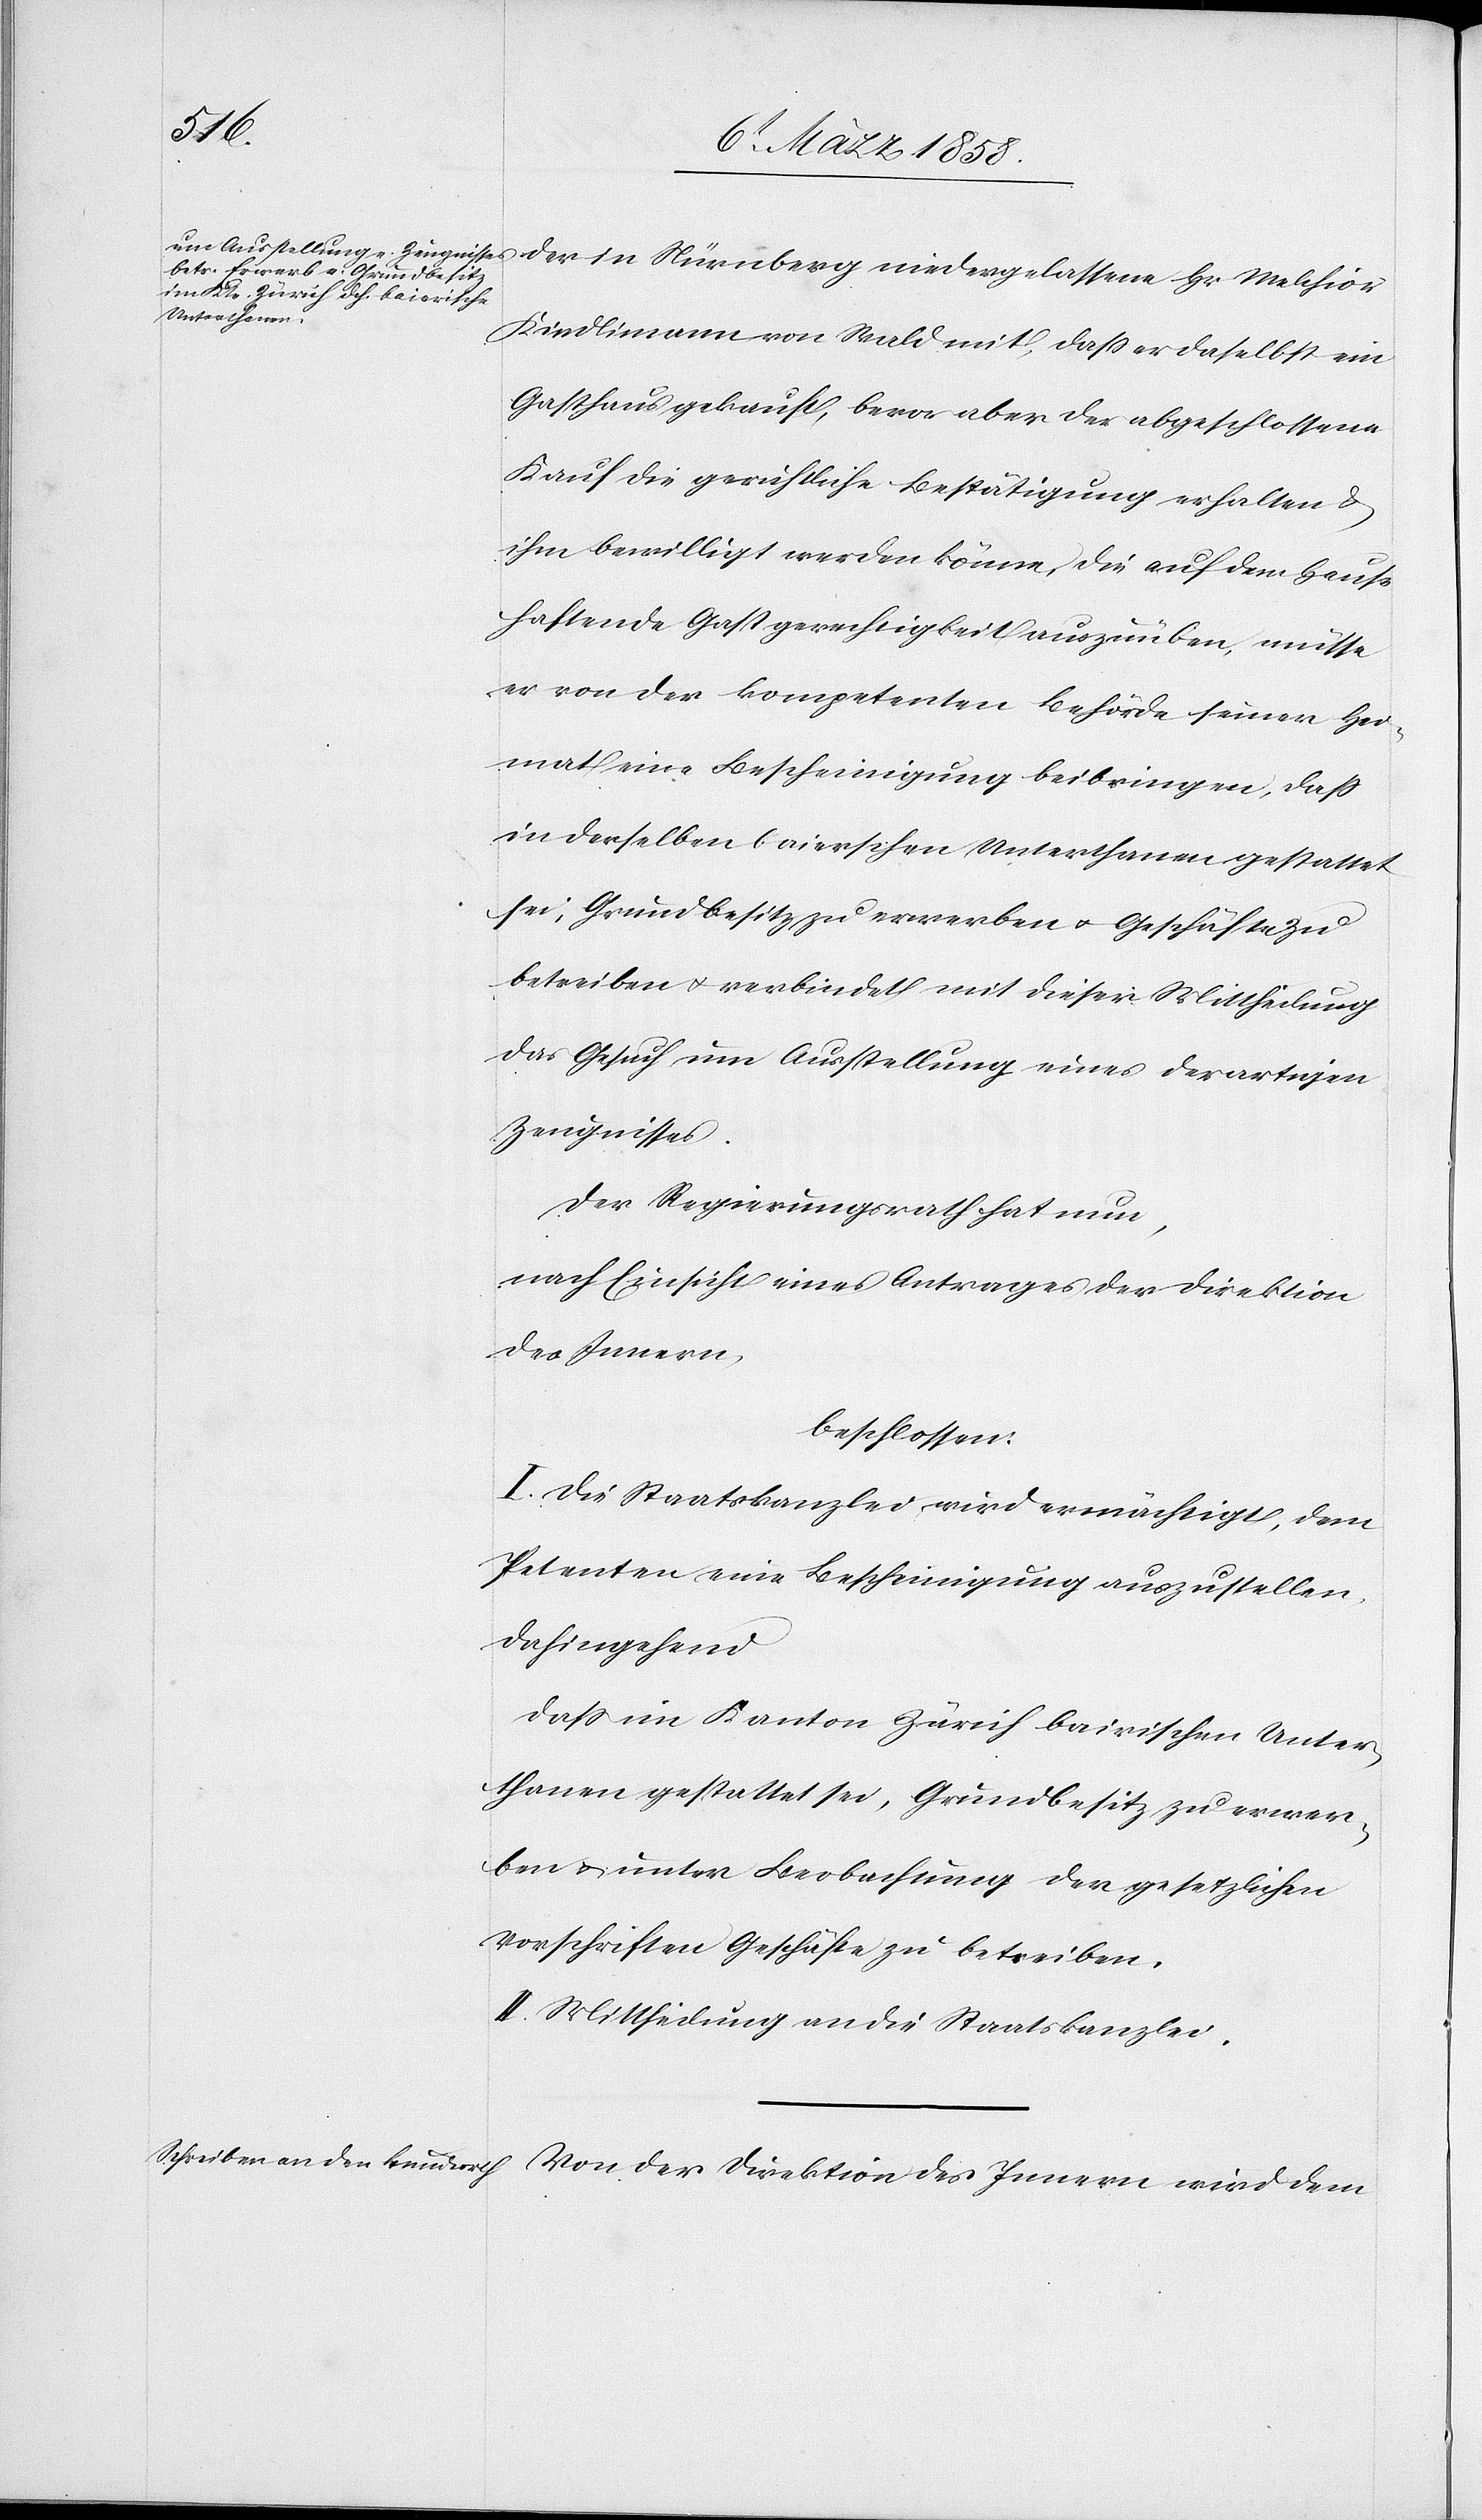
der
Hr.
Kindlimann von Wald mit, daß er daselbst ein
Gasthaus gekauft, bevor aber der abgeschlossene
Kauf die gerichtliche Bestätigung erhalten u.
ihm bewilligt werden könne, die auf dem Hause
haftende Gastgerechtigkeit auszuüben, müsse
er von der kompetenten Behörde seiner Hei¬
mat eine Bescheinigung beibringen, daß
in derselben baierschen Unterthanen gestattet
sei, Grundbesitz zu erwerben u. Geschäfte zu
betreiben u. verbindet mit dieser Mittheilung
das Gesuch um Ausstellung eines derartigen
Zeugnisses.
Der Regierungsrath hat nun,
nach Einsicht eines Antrages der Direktion
des Innern,
beschlossen:
I. Die Staatskanzlei wird ermächtigt, dem
Petenten eine Bescheinigung auszustellen,
dahingehend
daß im Kanton Zürich bairischen Unter¬
thanen gestattet sei, Grundbesitz zu erwe¬
ben u. unter Beobachtung der gesetzlichen
Vorschriften Geschäfte zu betreiben.
II. Mittheilung an die Staatskanzlei.
Von der Direktion des Innern wird dem